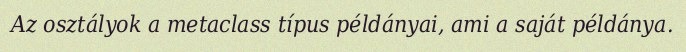
Az osztályok a metaclass típus példányai, ami a saját példánya.